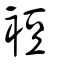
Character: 裋